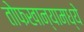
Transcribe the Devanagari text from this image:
तोफखान्यामध्ये